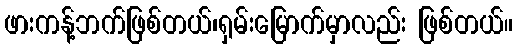
ဖားကန့်ဘက်ဖြစ်တယ်၊ရှမ်းမြောက်မှာလည်း ဖြစ်တယ်။